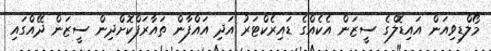
މޯލްޑިވިއަން އައިޑޮލްގެ ސީޒަން އެކެއްގެ ޑައިރެކްޓަރު އަދި އައްފާން ތައާރަފްކޮށްދިން ސީޒަން ދޭއްގައި